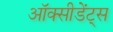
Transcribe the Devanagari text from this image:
ऑक्सीडेंट्स